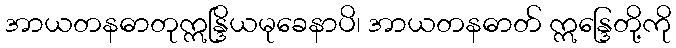
အာယတနဓာတုဣန္ဒြိယမုခေနာပိ၊ အာယတနဓာတ် ဣန္ဒြေတို့ကို